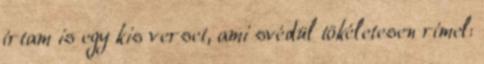
írtam is egy kis verset, ami svédül tökéletesen rímel: